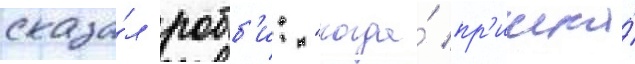
сказа́л робб'и: "когда́ пр'ишла́